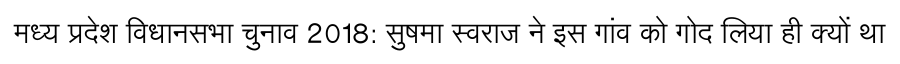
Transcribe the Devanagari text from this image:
मध्य प्रदेश विधानसभा चुनाव 2018: सुषमा स्वराज ने इस गांव को गोद लिया ही क्यों था